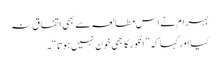
بہر ام نے اس مطالعہ سے بھی اتفا ق نہ
کیا اورکہا کہ ” انگور کابھی خون نہیں ہوتا“۔